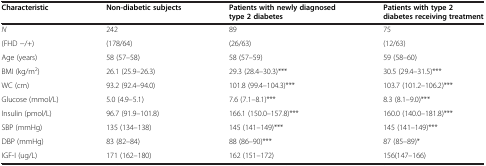
<table><thead><tr><td><b>Characteristic</b></td><td><b>Non-diabetic subjects</b></td><td><b>Patients with newly diagnosed type 2 diabetes</b></td><td><b>Patients with type 2 diabetes receiving treatment</b></td></tr></thead><tbody><tr><td><i>N</i></td><td>242</td><td>89</td><td>75</td></tr><tr><td>(FHD −/+)</td><td>(178/64)</td><td>(26/63)</td><td>(12/63)</td></tr><tr><td>Age (years)</td><td>58 (57–58)</td><td>58 (57–59)</td><td>59 (58–60)</td></tr><tr><td>BMI (kg/m<sup>2</sup>)</td><td>26.1 (25.9–26.3)</td><td>29.3 (28.4–30.3)***</td><td>30.5 (29.4–31.5)***</td></tr><tr><td>WC (cm)</td><td>93.2 (92.4–94.0)</td><td>101.8 (99.4–104.3)***</td><td>103.7 (101.2–106.2)***</td></tr><tr><td>Glucose (mmol/L)</td><td>5.0 (4.9–5.1)</td><td>7.6 (7.1–8.1)***</td><td>8.3 (8.1–9.0)***</td></tr><tr><td>Insulin (pmol/L)</td><td>96.7 (91.9–101.8)</td><td>166.1 (150.0–157.8)***</td><td>160.0 (140.0–181.8)***</td></tr><tr><td>SBP (mmHg)</td><td>135 (134–138)</td><td>145 (141–149)***</td><td>145 (141–149)***</td></tr><tr><td>DBP (mmHg)</td><td>83 (82–84)</td><td>88 (86–90)***</td><td>87 (85–89)*</td></tr><tr><td>IGF-I (ug/L)</td><td>171 (162–180)</td><td>162 (151–172)</td><td>156(147–166)</td></tr></tbody></table>